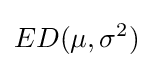
ED(\mu ,\sigma ^{2})